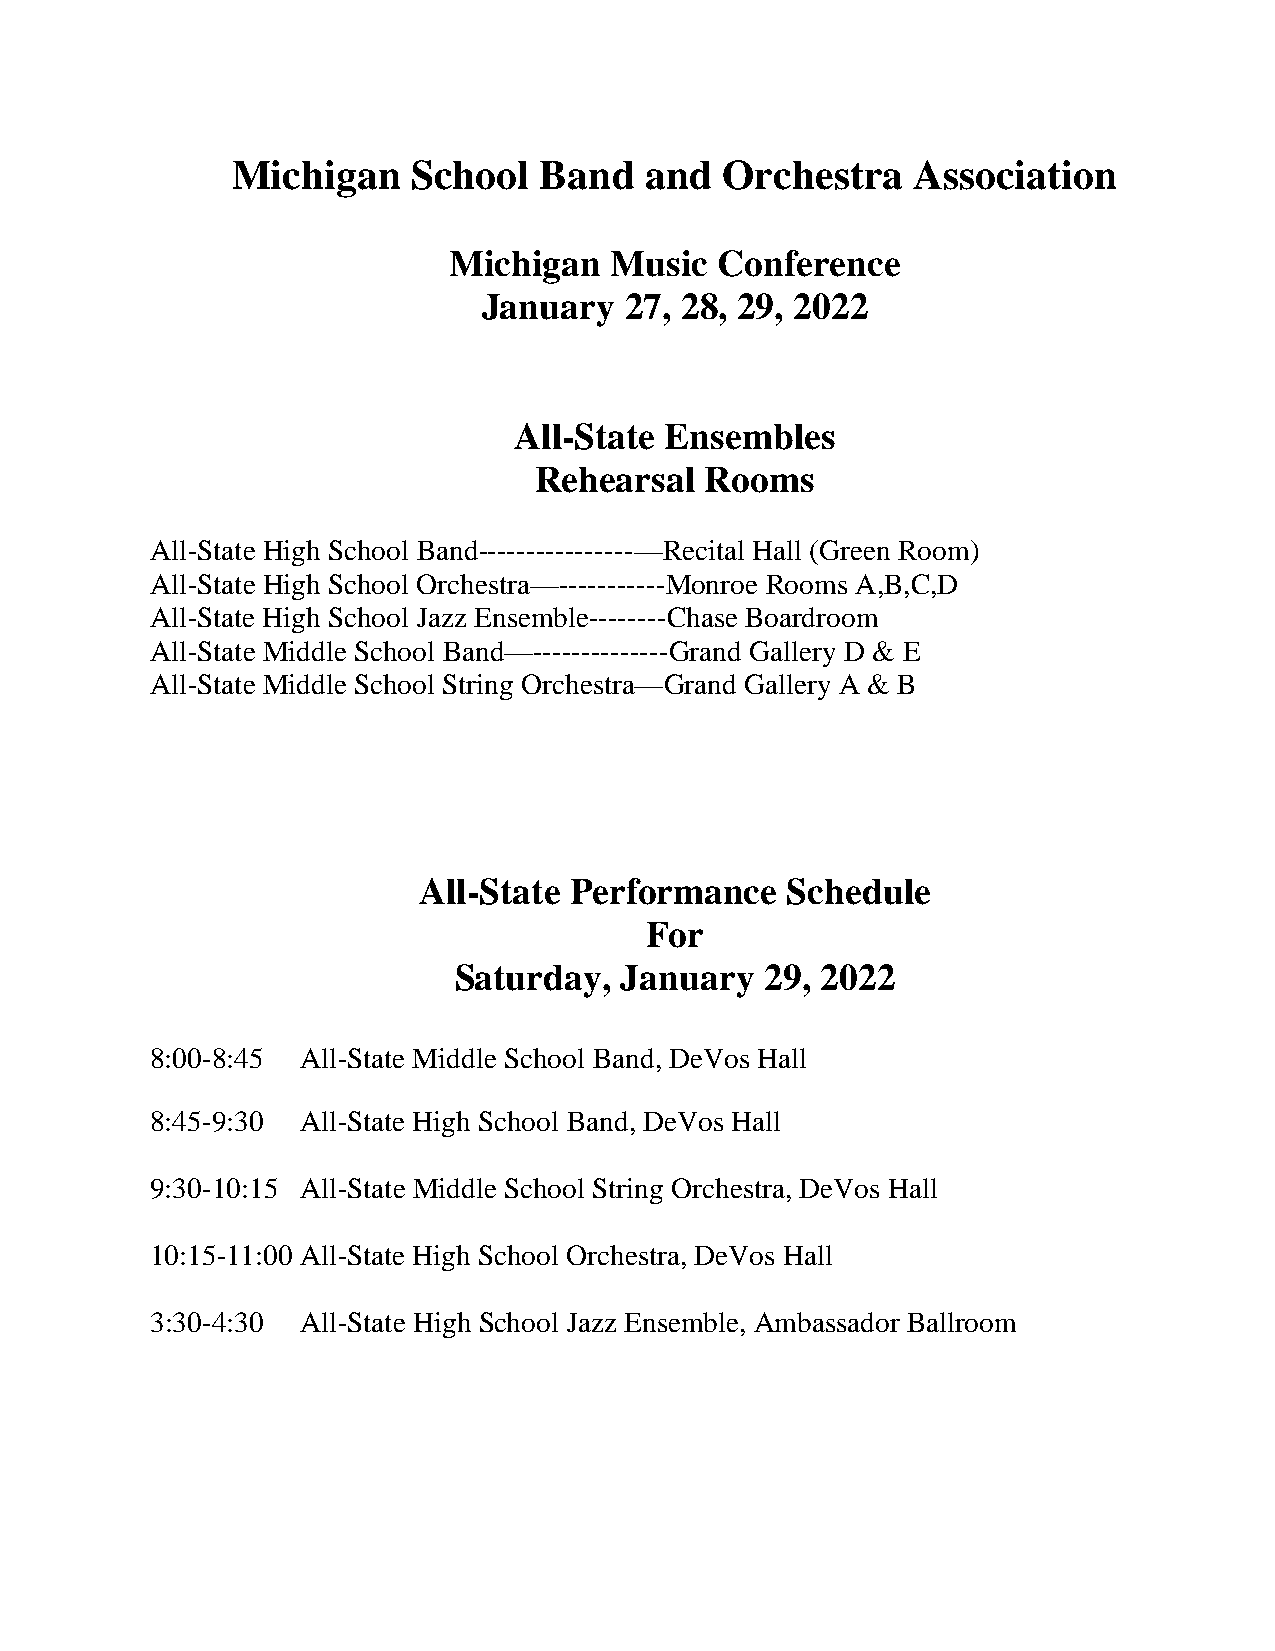
Michigan    School   Band   and  Orchestra   Association
 Michigan  Music   Conference
 January  27, 28, 29, 2022
 All-State Ensembles
 Rehearsal   Rooms
 All-State High School Band----------------—Recital Hall (Green Room)
 All-State High School Orchestra—-----------Monroe Rooms A,B,C,D
 All-State High School Jazz Ensemble--------Chase Boardroom
 All-State Middle School Band—--------------Grand Gallery D & E
 All-State Middle School String Orchestra—Grand Gallery A & B
 All-State Performance   Schedule
 For
 Saturday,  January   29, 2022
 8:00-8:45 All-State Middle School Band, DeVos Hall
 8:45-9:30 All-State High School Band, DeVos Hall
 9:30-10:15 All-State Middle School String Orchestra, DeVos Hall
 10:15-11:00 All-State High School Orchestra, DeVos Hall
 3:30-4:30 All-State High School Jazz Ensemble, Ambassador Ballroom